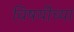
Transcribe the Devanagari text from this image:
विषयींच्या